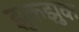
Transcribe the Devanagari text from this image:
झुकझुक